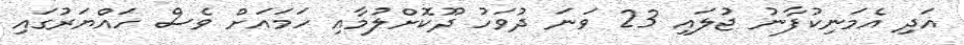
އަދި އެމަނިކުފާނު ޖުލައި 23 ވަނަ ދުވަހު ދޫކޮށްލުމާއި ހަމައަށް ވެސް ހައްޔަރުގައި